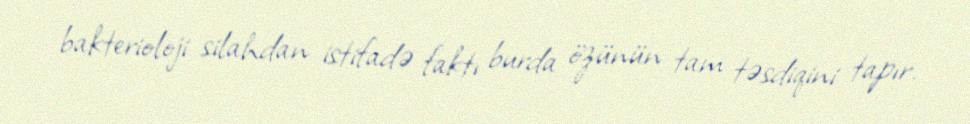
bakterioloji silahdan istifadə faktı burda özünün tam təsdiqini tapır.